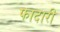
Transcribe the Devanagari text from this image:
फादारी